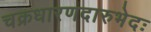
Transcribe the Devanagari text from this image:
चक्रधारणदारुभेदः